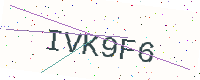
Text: IVK9F6